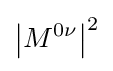
\left|M^{0\nu }\right|^{2}